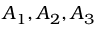
A _ { 1 } , A _ { 2 } , A _ { 3 }